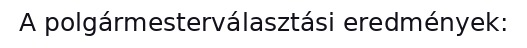
A polgármesterválasztási eredmények: